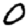
Digit: 0